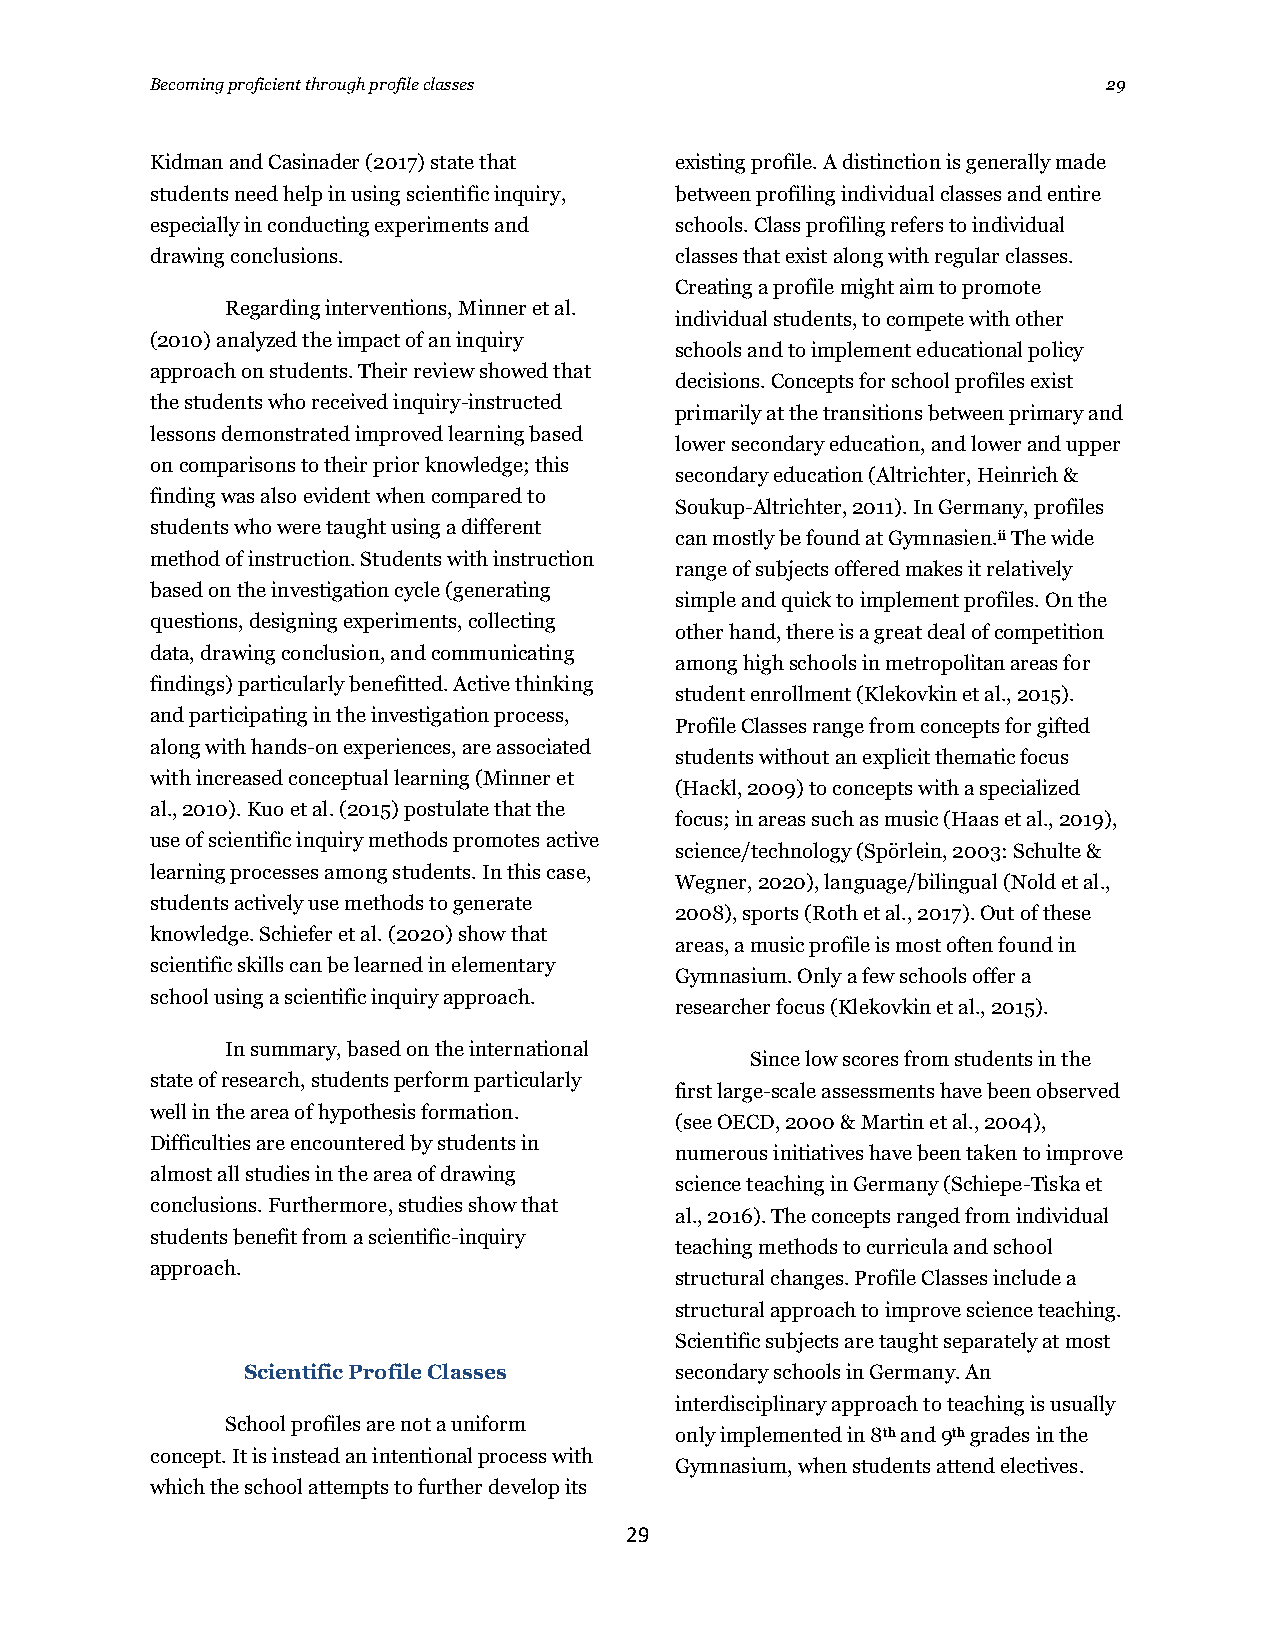
Becoming proficient through profile classes                    29
 Kidman and Casinader (2017) state that existing profile. A distinction is generally made
 students need help in using scientific inquiry, between profiling individual classes and entire
 especially in conducting experiments and schools. Class profiling refers to individual
 drawing conclusions.               classes that exist along with regular classes.
 Creating a profile might aim to promote
 Regarding interventions, Minner et al.
 individual students, to compete with other
 (2010) analyzed the impact of an inquiry
 schools and to implement educational policy
 approach on students. Their review showed that
 decisions. Concepts for school profiles exist
 the students who received inquiry-instructed
 primarily at the transitions between primary and
 lessons demonstrated improved learning based
 lower secondary education, and lower and upper
 on comparisons to their prior knowledge; this
 secondary education (Altrichter, Heinrich &
 finding was also evident when compared to
 Soukup-Altrichter, 2011). In Germany, profiles
 students who were taught using a different
 can mostly be found at Gymnasien.ii The wide
 method of instruction. Students with instruction
 range of subjects offered makes it relatively
 based on the investigation cycle (generating
 simple and quick to implement profiles. On the
 questions, designing experiments, collecting
 other hand, there is a great deal of competition
 data, drawing conclusion, and communicating
 among high schools in metropolitan areas for
 findings) particularly benefitted. Active thinking
 student enrollment (Klekovkin et al., 2015).
 and participating in the investigation process,
 Profile Classes range from concepts for gifted
 along with hands-on experiences, are associated
 students without an explicit thematic focus
 with increased conceptual learning (Minner et
 (Hackl, 2009) to concepts with a specialized
 al., 2010). Kuo et al. (2015) postulate that the
 focus; in areas such as music (Haas et al., 2019),
 use of scientific inquiry methods promotes active
 science/technology (Spörlein, 2003: Schulte &
 learning processes among students. In this case,
 Wegner, 2020), language/bilingual (Nold et al.,
 students actively use methods to generate
 2008), sports (Roth et al., 2017). Out of these
 knowledge. Schiefer et al. (2020) show that
 areas, a music profile is most often found in
 scientific skills can be learned in elementary
 Gymnasium. Only a few schools offer a
 school using a scientific inquiry approach.
 researcher focus (Klekovkin et al., 2015).
 In summary, based on the international
 Since low scores from students in the
 state of research, students perform particularly
 first large-scale assessments have been observed
 well in the area of hypothesis formation.
 (see OECD, 2000 & Martin et al., 2004),
 Difficulties are encountered by students in
 numerous initiatives have been taken to improve
 almost all studies in the area of drawing
 science teaching in Germany (Schiepe-Tiska et
 conclusions. Furthermore, studies show that
 al., 2016). The concepts ranged from individual
 students benefit from a scientific-inquiry
 teaching methods to curricula and school
 approach.
 structural changes. Profile Classes include a
 structural approach to improve science teaching.
 Scientific subjects are taught separately at most
 Scientific Profile Classes   secondary schools in Germany. An
 interdisciplinary approach to teaching is usually
 School profiles are not a uniform
 only implemented in 8th and 9th grades in the
 concept. It is instead an intentional process with
 Gymnasium, when students attend electives.
 which the school attempts to further develop its
 29